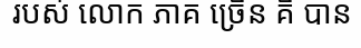
របស់ លោក ភាគ ច្រើន គឺ បាន